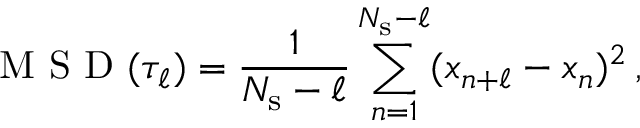
\mathrm { ~ M ~ S ~ D ~ } ( \tau _ { \ell } ) = \frac { 1 } { N _ { \mathrm { s } } - \ell } \sum _ { n = 1 } ^ { N _ { \mathrm { s } } - \ell } ( x _ { n + \ell } - x _ { n } ) ^ { 2 } \, ,